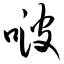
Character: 啵